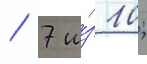
/ 7 и́з 10;